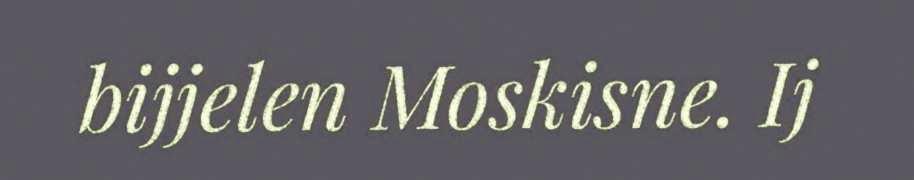
bijjelen Moskisne. Ij